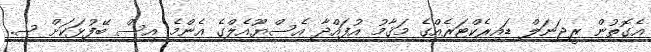
އެގޮތުން ރީޖަނަލް ޑައިރެކްޓަރެއްގެ މަޤާމު އުފައްދާ އެސްޔޫއެލްގެ އެންމެ އިސް ބޭފުޅަކަށް ސ.